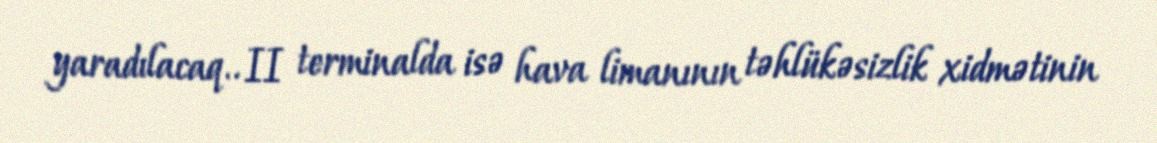
yaradılacaq.. II terminalda isə hava limanının təhlükəsizlik xidmətinin